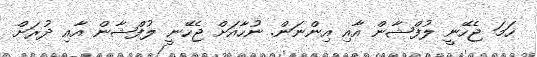
ހަމަ ޖެހޭނީ ލުފްޝާން އާއި އިންނަން. ނުހާއަށް ޖެހޭނީ ލުފްޝާން އާއި ދުރަށް